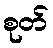
စုတ်